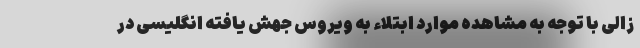
زالی با توجه به مشاهده موارد ابتلاء به ویروس جهش یافته انگلیسی در